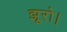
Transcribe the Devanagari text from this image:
झूरो।